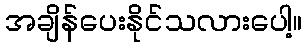
အချိန်ပေးနိုင်သလားပေါ့။